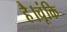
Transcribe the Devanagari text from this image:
है।चूंकि